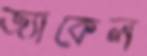
জ্যাকেল